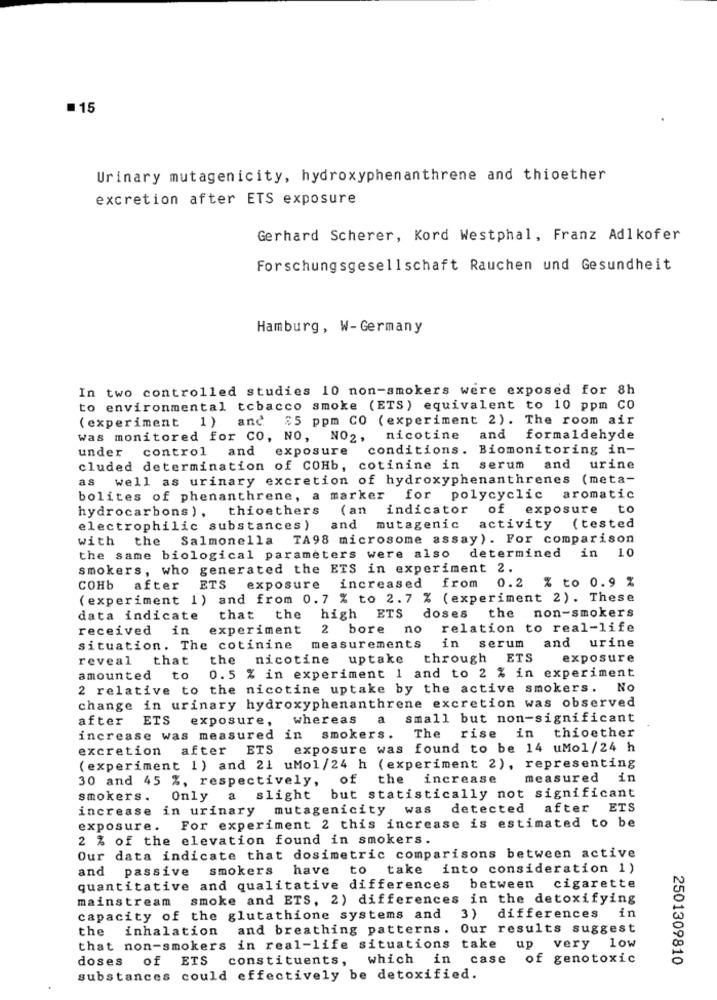
=15
Urinary mutagenicity, hydroxyphenanthrene and thioether
excretion after ETS exposure
Gerhard Scherer, Kord Westphal, Franz Adlkofer
Forschungsgesellschaft Rauchen und Gesundheit
Hamburg, W-Germany
In two controlled studies 10 non-smokers were exposed for 8h
to environmental tobacco smoke (ETS) equivalent to 10 ppm CO
(experiment 1) and $5 ppm CO (experiment 2). The room air
was monitored for CO, NO, NO2, nicotine
and formaldehyde
under control and exposure
conditions .
Biomonitoring in-
cluded determination of COHb, cotinine in
serum and urine
as well as urinary excretion of hydroxyphenanthrenes (meta-
bolites of phenanthrene, a marker for polycyclic aromatic
thioethers (an indicator
of exposure
hydrocarbons ) ,
electrophilic substances )
and mutagenic
activity (tested
with
the Salmonella TA98 microsome assay). For comparison
the same biological parameters were also determined in 10
smokers, who generated the ETS in experiment 2.
exposure increased from 0.2 % to 0.9 %
COHb
after
ETS
(experiment 1) and from 0.7 % to 2.7 % (experiment 2). These
data indicate
that the high ETS
doses the non-smokers
received
in
experiment
2 bore no
relation to real-life
in serum and urine
situation. The cotinine
measurements
reveal
that
the nicotine uptake through ETS
exposure
0.5 % in experiment 1 and to 2 % in experiment
amounted
to
2 relative to the nicotine uptake by the active smokers. No
change in urinary hydroxyphenanthrene excretion was observed
after
ETS
exposure,
whereas
a
small but non-significant
thioether
increase was measured in
smokers.
The
rise in
excretion after ETS
exposure was found to be 14 uMol/24 h
(experiment 1) and 21 uMol/24 h (experiment 2), representing
30 and 45 %, respectively, of
the increase
measured i
Only a slight but statistically not significant
smokers .
increase in urinary
mutagenicity
was
detected after ETS
exposure. For experiment 2 this increase is estimated to be
2 % of the elevation found in smokers.
Our data indicate that dosimetric comparisons between active
and
passive
smokers have to take
into consideration 1)
cigarette
quantitative and qualitative differences between
mainstream
smoke and ETS, 2) differences in the detoxifying
in
capacity of the glutathione systems and 3) differences
the
inhalation
and breathing patterns. Our results suggest
that non-smokers in real-life situations take up very low
doses
of
ETS
constituents,
which in case of genotoxic
2501309810
substances could effectively be detoxified.